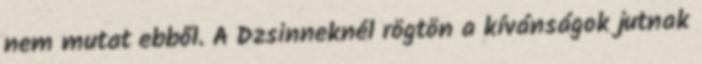
nem mutat ebből. A Dzsinneknél rögtön a kívánságok jutnak